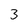
Character: 3